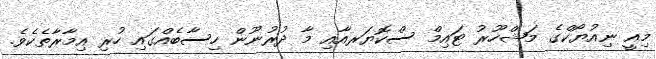
މިއީ ނިއުޔޯކްގެ މަޝްހޫރު ޓައިމް ސްކޮޔަރއާއި މާ ދުރުނޫން ހިސާބެއްގައި ހުރި އިމާރާތެކެވެ.